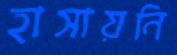
হাসায়নি